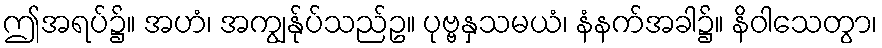
ဤအရပ်၌။ အဟံ၊ အကျွန်ုပ်သည်ဥ။ ပုဗ္ဗနှသမယံ၊ နံနက်အခါ၌။ နိဝါသေတွာ၊